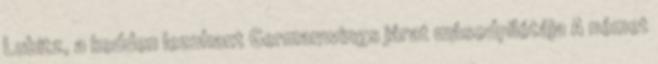
Lubitz, a kedden lezuhant Germanwings járat másodpilótája A német